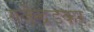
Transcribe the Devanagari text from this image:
गजेन्द्रडकर